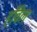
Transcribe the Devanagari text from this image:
हाँवेल